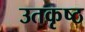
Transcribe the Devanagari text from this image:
उतकृष्ठ